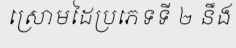
ស្រោមដៃប្រភេទទី ២ នឹង